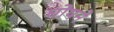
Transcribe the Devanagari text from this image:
घोषने